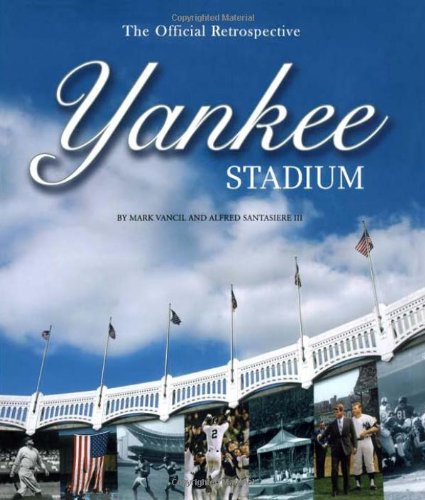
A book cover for Yankee Stadium: The Official Retrospective; Al Santasiere; Sports & Outdoors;